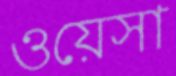
ওয়েসা